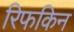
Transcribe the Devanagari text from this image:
रिफकिन